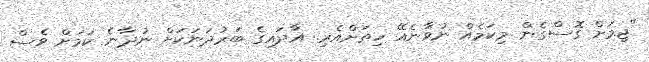
"ޖިމަށް ގޮސްގެން މިކަމެއް ނުވާނެއޭ ހިތަށްއެރި. އާދައިގެ ބަރުދަނަކަށް ނުދާނެ ކަމަށް ވެސް